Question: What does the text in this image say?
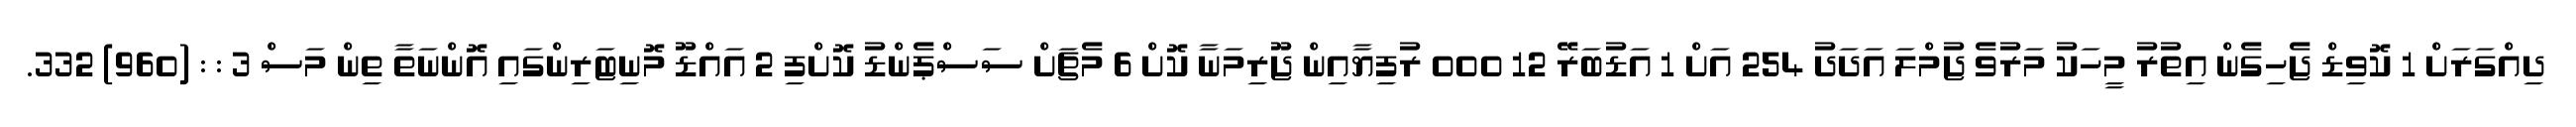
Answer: ދިއްގަރަށް 1 ކޮވިޑް ޖެހިގެން އިތުރު މީހަކު މަރުވެ ޖުމްލަ އަދަދު 254 އަށް 1 އަޑުބަރޭ 12 000 ރުފިޔާއިން ޖޫރިމަނާ ކޮށް 6 މެޗަށް ސަސްޕެންޑު ކޮށްފި 2 އައްޑޫ މޮނިޓަރިންގައި އޮންނަތާ ތިން މަސް 3 : : (960) 332.